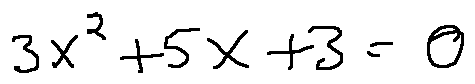
3 x ^ { 2 } + 5 x + 3 = 0